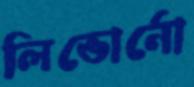
লিভোর্নো